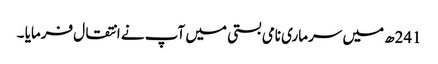
241ھ میں سرماری نامی بستی میں آپ نے انتقال فرمایا ۔